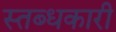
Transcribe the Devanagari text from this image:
स्तब्धकारी